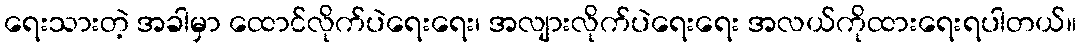
ရေးသားတဲ့ အခါမှာ ထောင်လိုက်ပဲရေးရေး၊ အလျားလိုက်ပဲရေးရေး အလယ်ကိုထားရေးရပါတယ်။